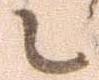
候